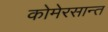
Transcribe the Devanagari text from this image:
कोमेरसान्त